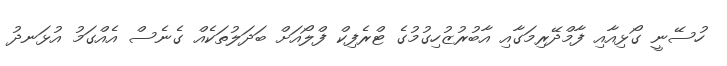
ހުސޭނީ ގޯޅިއާއި ފާމްދޭރިމަގާއި އާބުރުޒުހިގުމުގެ ޓްރެފިކް ފްލޯއަށް ބަދަލުތަކެއް ގެނެސް އެއްގަމު އުޅަނދު